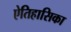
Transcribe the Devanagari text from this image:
ऐतिहासिका